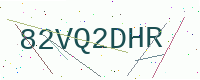
Text: 82VQ2DHR